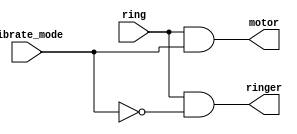
module top_module (
    input ring,
    input vibrate_mode,
    output ringer,       // Make sound
    output motor         // Vibrate
); //motor -> (Vibrate mode=1),ring=1, ringer -> ring=1,(Vibrate mode=0) 
   //"The (output should be ___ ) when (inputs are ___ )".
    assign {ringer,motor}= {ring&(~vibrate_mode),ring&vibrate_mode};
    
    
   
    

endmodule